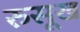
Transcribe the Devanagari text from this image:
रुसूख